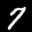
Label: 7